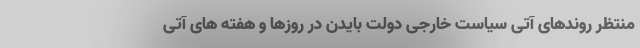
منتظر روندهای آتی سیاست خارجی دولت بایدن در روزها و هفته های آتی